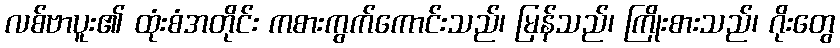
လစ်ဗာပူး၏ ထုံးစံအတိုင်း ကစားကွက်ကောင်းသည်၊ မြန်သည်၊ ကြိုးစားသည်၊ ဂိုးတွေ